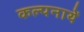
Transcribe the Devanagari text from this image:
कल्पनायें